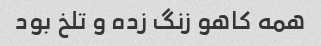
همه کاهو زنگ زده و تلخ بود